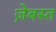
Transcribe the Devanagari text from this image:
ज़ेबस्त